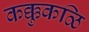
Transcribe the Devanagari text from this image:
कक्कुकळि